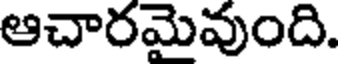
ఆచారమైవుంది.